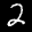
Label: 2